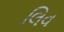
લિવ